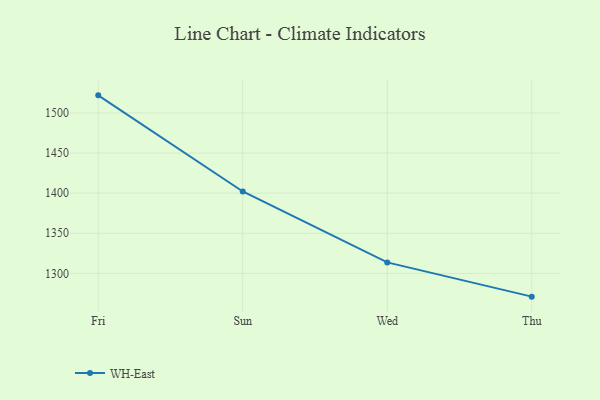
{"axis": {"x": "Day", "y": "Market Share (%)"}, "legend": ["WH-East"], "data": [{"x": "Fri", "y": 1521.9, "type": "WH-East"}, {"x": "Sun", "y": 1402.1, "type": "WH-East"}, {"x": "Wed", "y": 1313.7, "type": "WH-East"}, {"x": "Thu", "y": 1271.0, "type": "WH-East"}]}